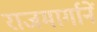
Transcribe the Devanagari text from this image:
राजमार्गानें